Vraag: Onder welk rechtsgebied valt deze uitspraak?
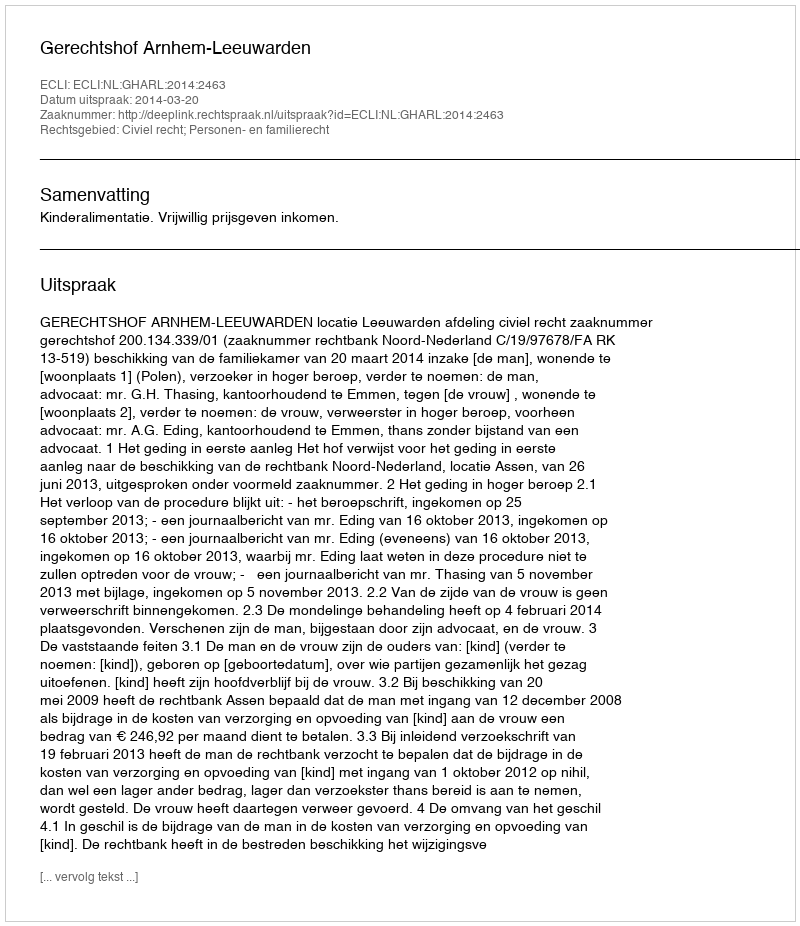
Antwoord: Civiel recht; Personen- en familierecht